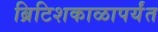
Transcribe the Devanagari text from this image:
ब्रिटिशकाळापर्यंत